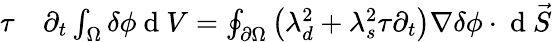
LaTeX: \begin{array}{rl}{\tau}&{{}\partial_{t}\int_{\Omega}\delta\phi\mathrm{~d~}V=\oint_{\partial\Omega}\left(\lambda_{d}^{2}+\lambda_{s}^{2}\tau\partial_{t}\right)\nabla\delta\phi\cdot\mathrm{~d~}\vec{S}}\end{array}